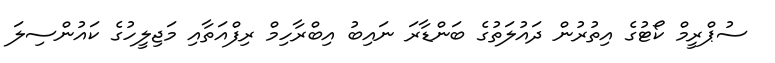
ސުޕްރީމް ކޯޓުގެ އިތުރުން ދައުލަތުގެ ބަންޑާރަ ނައިބު އިބްރާހިމް ރިފްއަތާއި މަޖިލީހުގެ ކައުންސިލަ